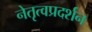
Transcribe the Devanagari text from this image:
नेतृत्वप्रदर्शन